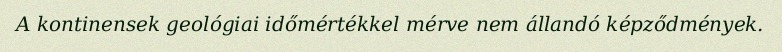
A kontinensek geológiai időmértékkel mérve nem állandó képződmények.